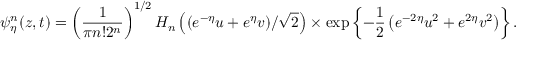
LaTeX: \psi _ { \eta } ^ { n } ( z , t ) = \left( { \frac { 1 } { \pi n ! 2 ^ { n } } } \right) ^ { 1 / 2 } H _ { n } \left( ( e ^ { - \eta } u + e ^ { \eta } v ) / \sqrt { 2 } \right) \times \exp \left\{ - { \frac { 1 } { 2 } } \left( e ^ { - 2 \eta } u ^ { 2 } + e ^ { 2 \eta } v ^ { 2 } \right) \right\} .